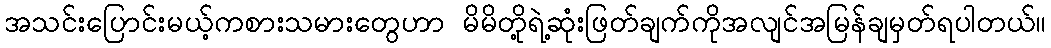
အသင်းပြောင်းမယ့်ကစားသမားတွေဟာ မိမိတို့ရဲ့ဆုံးဖြတ်ချက်ကိုအလျင်အမြန်ချမှတ်ရပါတယ်။